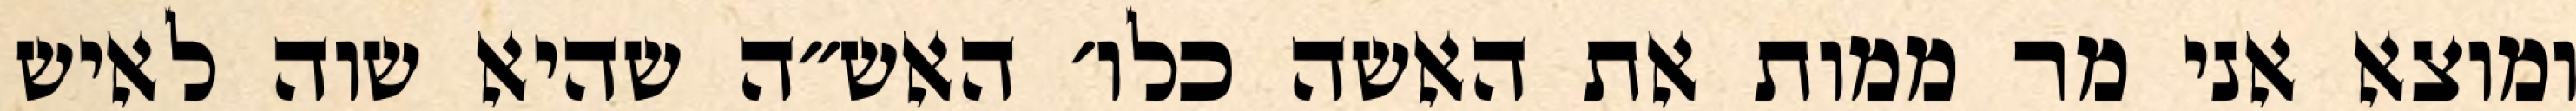
ומוצא אני מר ממות את האשה כלו׳ האש״ה שהיא שוה לאיש